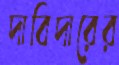
দাবিদারের